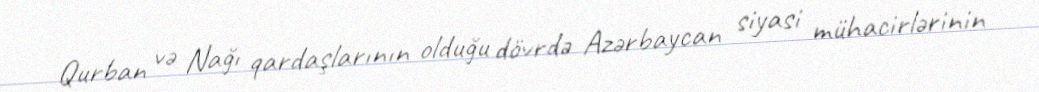
Qurban və Nağı qardaşlarının olduğu dövrdə Azərbaycan siyasi mühacirlərinin